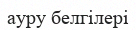
ауру белгілері